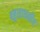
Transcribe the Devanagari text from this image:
बहुसाधनीय